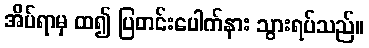
အိပ်ရာမှ ထ၍ ပြတင်းပေါက်နား သွားရပ်သည်။